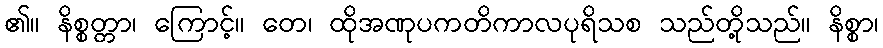
၏။ နိစ္စတ္တာ၊ ကြောင့်။ တေ၊ ထိုအဏုပကတိကာလပုရိသစ သည်တို့သည်။ နိစ္စာ၊